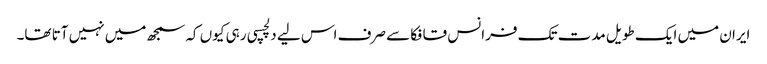
ایران میں ایک طویل مدت تک فرانس قافکا سے صرف اس لیے دلچسپی رہی کیوں کہ سمجھ میں نہیں آتا تھا۔